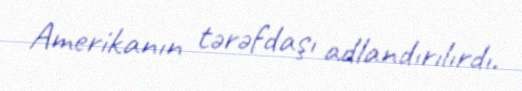
Amerikanın tərəfdaşı adlandırılırdı.